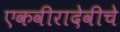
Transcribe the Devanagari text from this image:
एकवीरादेवीचे